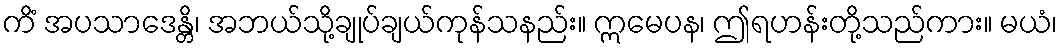
ကိံ အပသာဒေန္တိ၊ အဘယ်သို့ချုပ်ချယ်ကုန်သနည်း။ ဣမေပန၊ ဤရဟန်းတို့သည်ကား။ မယံ၊